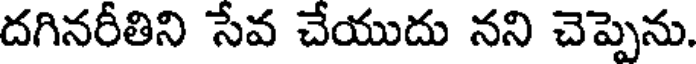
దగినరీతిని సేవ చేయుదు నని చెప్పెను.